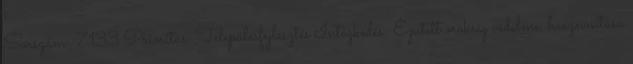
Sorszám: 7133 Prioritás: Településfejlesztés Intézkedés: Épített örökség védelme, hasznosítása